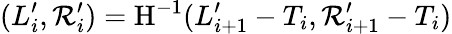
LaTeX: (L_{i}^{\prime},\mathcal{R}_{i}^{\prime})=\mathrm{{H}}^{-1}(L_{i+1}^{\prime}-T_{i},\mathcal{R}_{i+1}^{\prime}-T_{i})